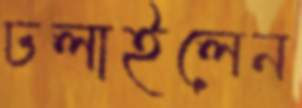
ঢলাইলেন